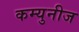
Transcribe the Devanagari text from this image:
कम्युनीज